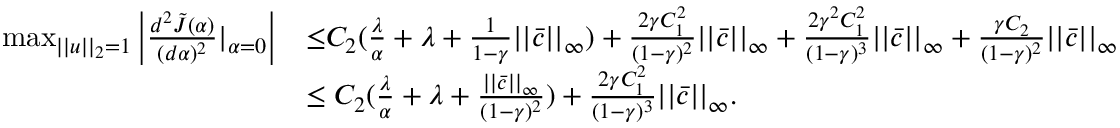
\begin{array} { r l } { \operatorname* { m a x } _ { | | u | | _ { 2 } = 1 } \left| \frac { d ^ { 2 } \tilde { J } ( \alpha ) } { ( d \alpha ) ^ { 2 } } | _ { \alpha = 0 } \right| } & { { \le } C _ { 2 } ( \frac { \lambda } { \alpha } + \lambda + \frac { 1 } { 1 - \gamma } | | \bar { c } | | _ { \infty } ) + \frac { 2 \gamma C _ { 1 } ^ { 2 } } { ( 1 - \gamma ) ^ { 2 } } | | \bar { c } | | _ { \infty } + \frac { 2 \gamma ^ { 2 } C _ { 1 } ^ { 2 } } { ( 1 - \gamma ) ^ { 3 } } | | \bar { c } | | _ { \infty } + \frac { \gamma C _ { 2 } } { ( 1 - \gamma ) ^ { 2 } } | | \bar { c } | | _ { \infty } } \\ & { \le C _ { 2 } ( \frac { \lambda } { \alpha } + \lambda + \frac { | | \bar { c } | | _ { \infty } } { ( 1 - \gamma ) ^ { 2 } } ) + \frac { 2 \gamma C _ { 1 } ^ { 2 } } { ( 1 - \gamma ) ^ { 3 } } | | \bar { c } | | _ { \infty } . } \end{array}